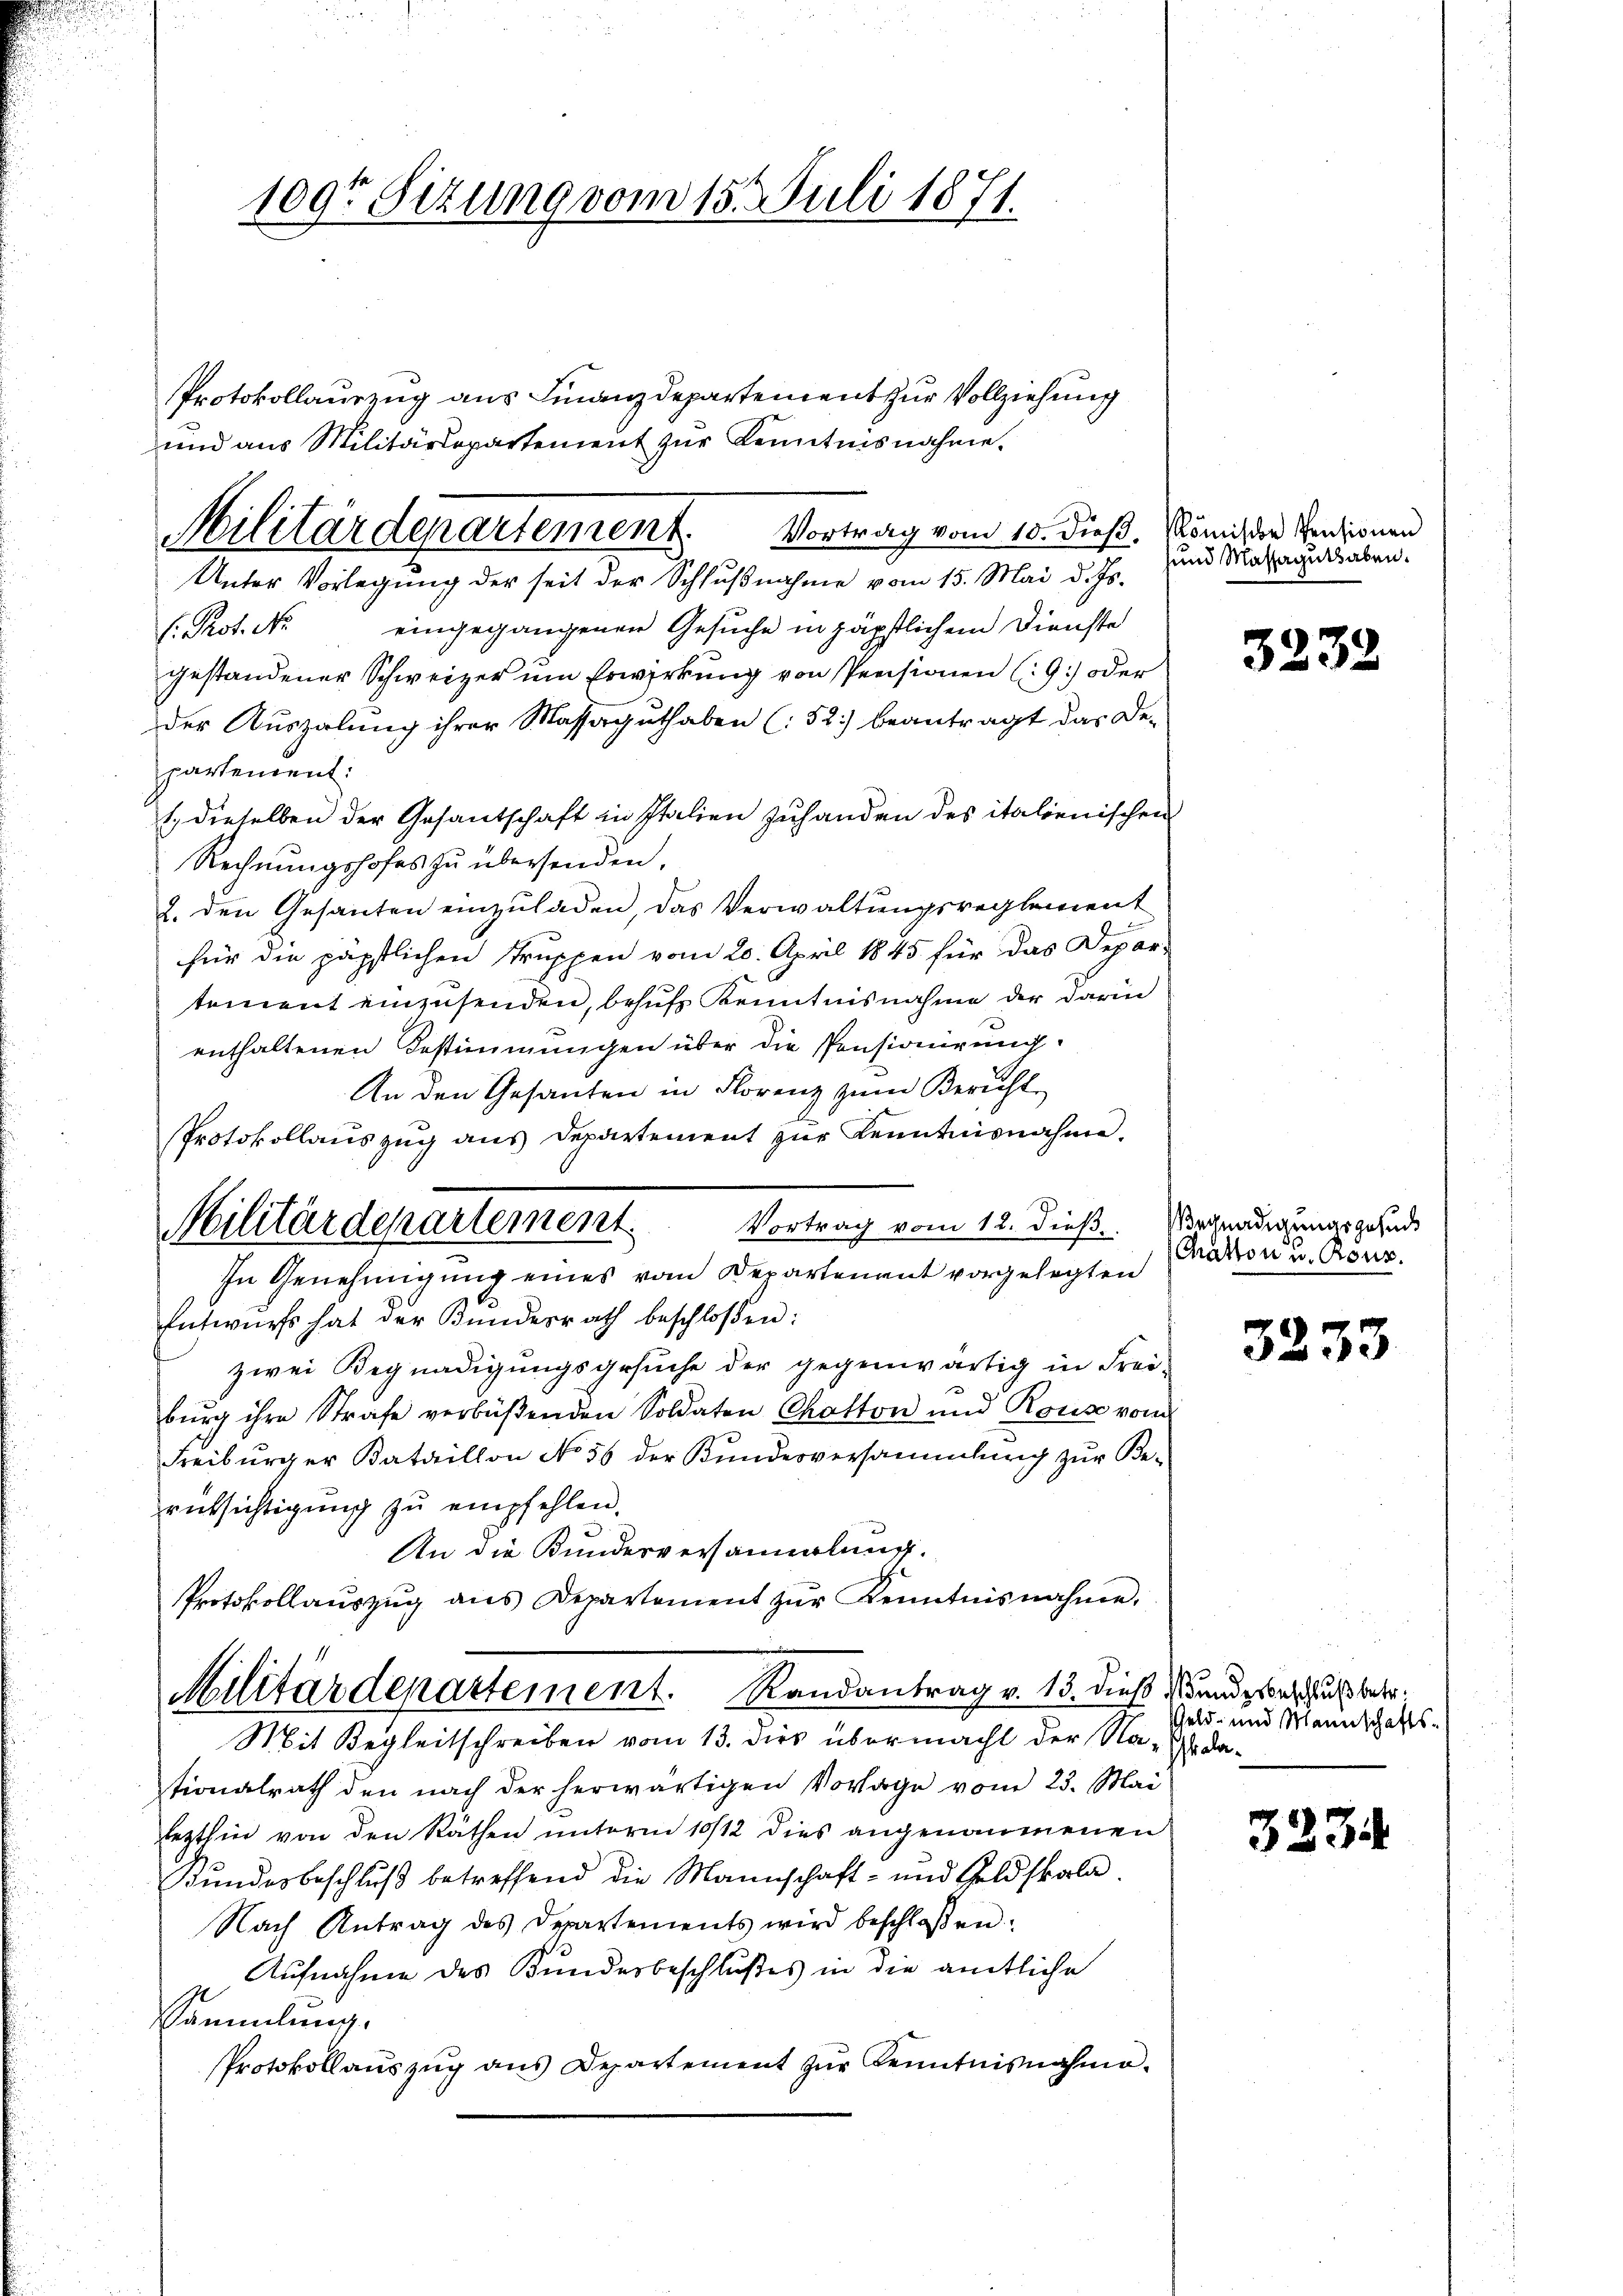
109t Sitzung vom 15. Juli 1871.

Protokollauszug aus Finanzdepartement zur Vollziehung
und aus Militärdepartement zur Kenntnisnahme.
Vortrag vom 10. dieß, Römischer Pensionen
eingegangenen Gesuche in päpstlichem Dienste
h. Prof. No
gestandener Schweizer um Erwirkung von Pensionen (9.) oder
Der Auszalung ihrer Massaguthaben (:52) beantragt das De-
partement.
1. dieselben der Gesantschaft in Italien zuhanden des italienischen
Rechnungshofes zu übersenden,
2. den Gesanten einzuladen, das Verwaltungsreglement
für die päpstlichen Truppen vom 20. April 1845 für das Depar-
tement einzusenden, behufs Kenntnisnahme der darin
enthaltenen Bestimmungen über die Pensionirung.
An den Gesanten in Florenz zum Bericht
Protokollauszug aus Departement zŭr Kenntnisnahme.
Vortrag vom 12. dieß. Wegnadigungsgesuc
In Genehmigung eines vom Departement vorgelegten
Entwurfs hat der Bŭndesrath beschloßen:
zwei Begnadigungsgesuche der gegenwärtig in Frei-
burg ihre Strafe verbüßenden Soldaten Chotton und Rouse vom
Freiburger Bataillon No 56 der Bundesversammlung zur Berücksichtigŭng zŭ empfehlen.
An die Bundesversammlung.
Protokollaŭszŭg ans Departement zŭr Kenntnisnahme,
Militärdepartement. Randantrag v. 13. dieß und geschuß betr.
Mit Begleitschreiben vom 13. dies übermacht der Na- dationalrath den nach der herwärtigen Vorlage vom 23. Mai
lezthier von den Räthen unterm 10/12 dies angenommenen
Bundesbeschluß betreffend die Mannschaft- und Geldskala
Nach Antrag des Departements wird beschloßen:
Aufnahme des Bundesbeschlußes in die amtliche
Sammlung.
Protokollaŭszŭg aŭs Departement zŭr Kenntnisnahme.

Militärdepartement.
Unter Vorlegung der seit der Schlŭβnahme vom 15. Mai d. Js.

Militärdepartement

und Massaguthaben.

3232

Chátton in Cour.

3233

Geld- und Mannschafts¬

323